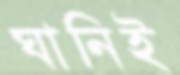
ঘানিই